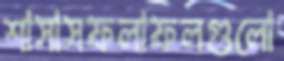
শাসাসফলাফলগুলো